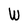
Character: W